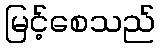
မြင့်စေသည်